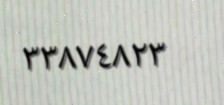
٣٣٨٧٤٨٢٣